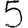
Digit: 5